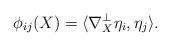
LaTeX: \begin{align*} \phi_{ij}(X)=\langle\nabla^\perp_X \eta_i,\eta_j\rangle.\end{align*}